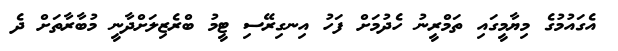
އެގައުމުގެ މިޔާމީގައި ތަމްރީނު ހެދުމަށް ފަހު އިނގިރޭސި ޓީމު ބްރެޒިލަށްދާނީ މުބާރާތަށް ދެ